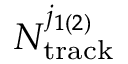
N _ { \mathrm { t r a c k } } ^ { j _ { 1 \left( 2 \right) } }